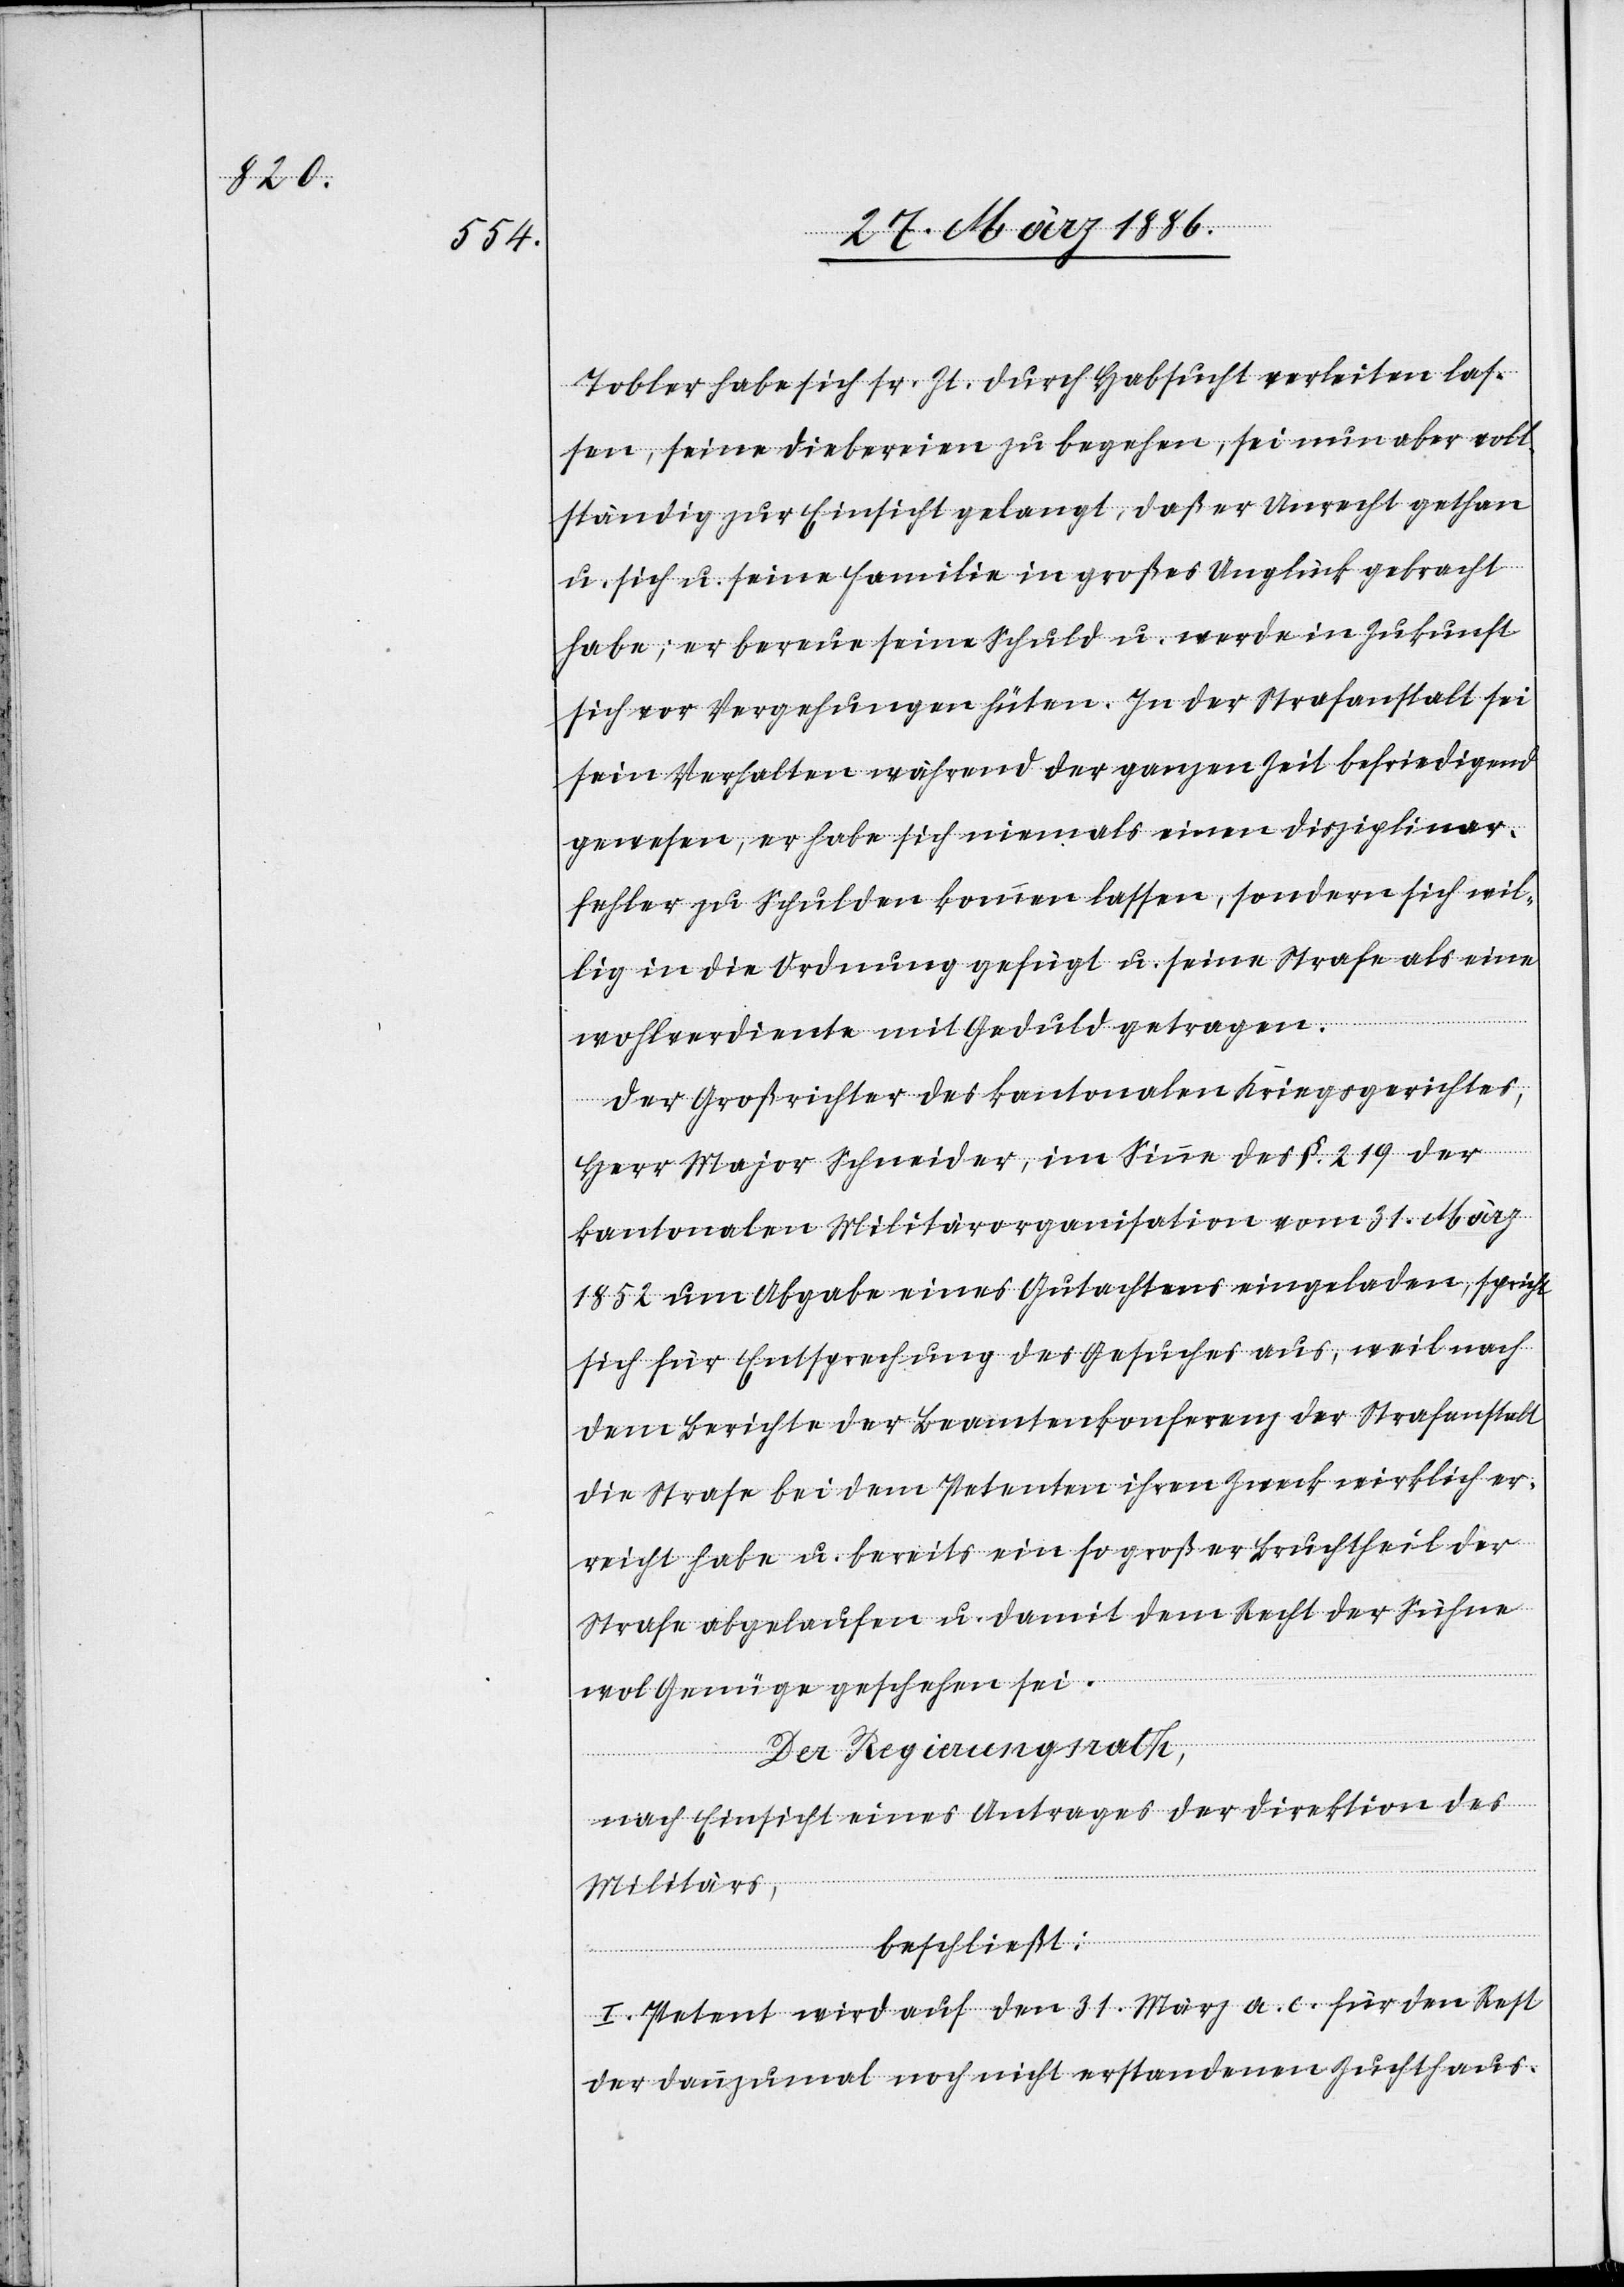
Tobler habe sich sr. Zt. durch Habsucht verleiten las¬
sen, seine Diebereien zu begehen, sei nun aber voll¬
ständig zur Einsicht gelangt, daß er Unrecht gethan
u. sich u. seine Familie in großes Unglück gebracht
habe; er bereue seine Schuld u. werde in Zukunft
sich vor Vergehungen hüten. In der Strafanstalt sei
sein verhalten während der ganzen Zeit befriedigend
gewesen, er habe sich niemals einen Disziplinar¬
fehler zu Schulden kommen lassen, sondern sich wil¬
lig in die Ordnung gefügt u. seine Strafe als eine
wohlverdiente mit Geduld getragen.
Der Großrichter des kantonalen Kriegsgerichtes,
Herr Major Schmider, im Sinne des §. 219 der
kantonalen Militärorganisation vom 31. März
1852 um Abgabe eines Gutachtens eingeladen, spricht
sich für Entsprechung des Gesuches aus, weil nach
dem Berichte der Beamtenkonferenz der Strafanstalt
die Strafe bei dem Petenten ihren Zweck wirklich er¬
reicht habe u. bereits ein so großer Bruchtheil der
Strafe abgelaufen u. damit dem Recht der Sühne
wol Genüge geschehen sei.
Der Regierungsrath,
nach Einsicht eines Antrages der Direktion des
Militärs,
beschließt:
I. Petent wird auf den 31. März a. c. für den Rest
der dannzumal noch nicht erstandenen Zuchthaus-